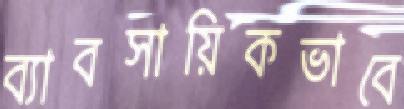
ব্যাবসায়িকভাবে